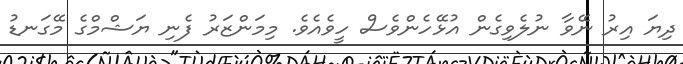
ދިޔަ އިރު ނޭވާ ނުލެވިގެން އުޅޭހެންވެސް ހީވެއެވެ. މިމަންޒަރު ފެނި ޔަޝްމްގެ މޭގަނޑު